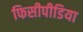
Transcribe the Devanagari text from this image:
फिसीपीडिया